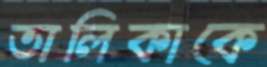
তালিকাকে